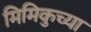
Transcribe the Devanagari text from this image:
मिमिकुच्या